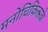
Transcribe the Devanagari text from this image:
मनोचिकित्सके